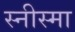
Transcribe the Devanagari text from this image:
स्नीस्मा